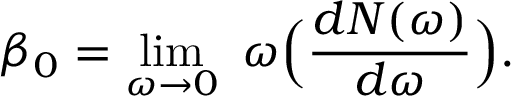
\beta _ { 0 } = \operatorname * { l i m } _ { \omega \to 0 } \ \omega \Big ( { \frac { d N ( \omega ) } { d \omega } } \Big ) .